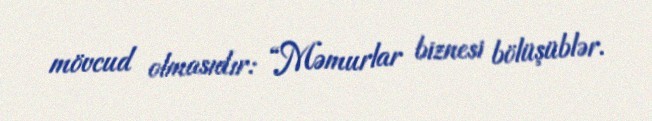
mövcud olmasıdır: “Məmurlar biznesi bölüşüblər.